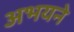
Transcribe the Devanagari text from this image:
अभयने